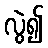
လွဲ၍